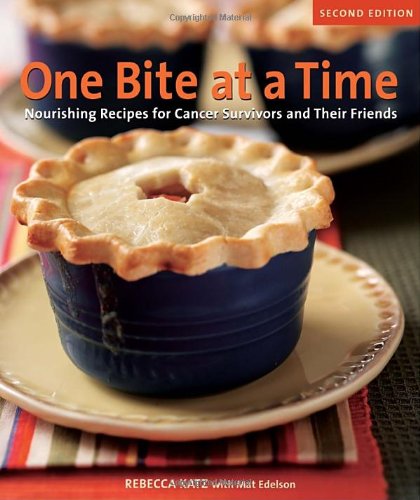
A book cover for One Bite at a Time, Revised: Nourishing Recipes for Cancer Survivors and Their Friends; Rebecca Katz; Cookbooks, Food & Wine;